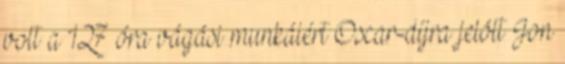
volt a 127 óra vágási munkáiért Oscar-díjra jelölt Jon